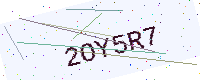
Text: 2OY5R7